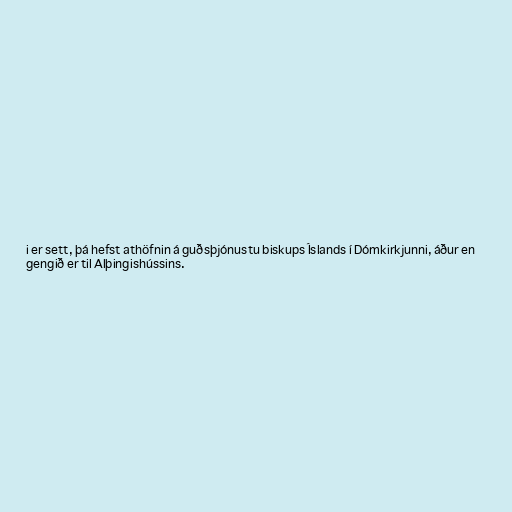
i er sett, þá hefst athöfnin á guðsþjónustu biskups Íslands í Dómkirkjunni, áður en
gengið er til Alþingishússins.